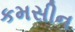
કમસીન